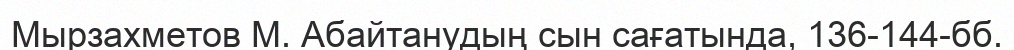
Мырзахметов М. Абайтанудың сын сағатында, 136-144-бб.